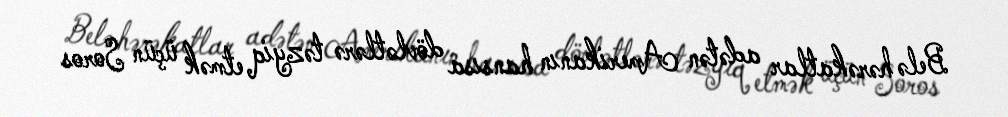
Belə hərəkatlar adətən Amerikanın hansısa dövlətlərə təzyiq etmək üçün Soros